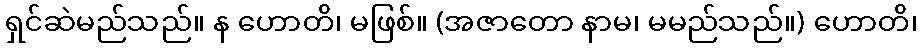
ရှင်ဆဲမည်သည်။ န ဟောတိ၊ မဖြစ်။ (အဇာတော နာမ၊ မမည်သည်။) ဟောတိ၊